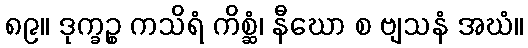
၈၉။ ဒုက္ခဉ္စ ကသိရံ ကိစ္ဆံ၊ နီဃော စ ဗျသနံ အဃံ။